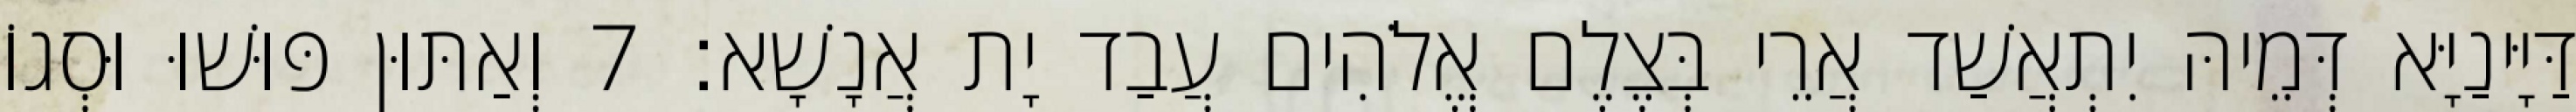
דַּיָּינַיָּא דְּמֵיהּ יִתְאֲשַׁד אֲרֵי בְּצֶלֶם אֱלֹהִים עֲבַד יָת אֲנָשָׁא׃ 7 וְאַתּוּן פּוּשׁוּ וּסְגוֹ